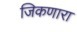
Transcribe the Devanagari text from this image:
जिकणारा